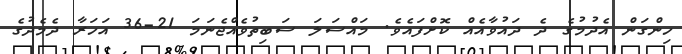
ހިންގަން އެދުމުގެ ދެ ދައުވާއެއް ކޮށްފައެވެ. މައްސަލަ ސަބިތުވެއްޖެނަމަ 21-36 އަހަރާ ދެމެދުގެ